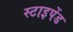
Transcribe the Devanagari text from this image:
स्टाइपेंड